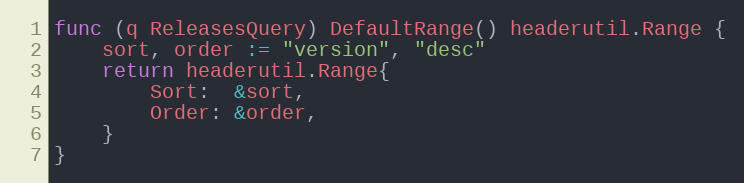
Language: Go
func (q ReleasesQuery) DefaultRange() headerutil.Range {
	sort, order := "version", "desc"
	return headerutil.Range{
		Sort:  &sort,
		Order: &order,
	}
}